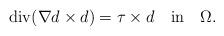
LaTeX: \begin{align*}{\rm{div}}(\nabla d\times d)=\tau\times d \ \ \ {\rm{in}}\ \ \ \Omega.\end{align*}